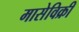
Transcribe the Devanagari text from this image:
मासेविक्री